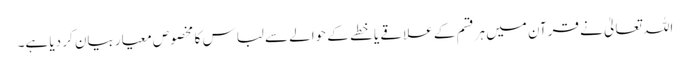
اللہ تعالیٰ نے قرآن میں ہرقسم کے علاقے یا خطے کے حوالے سے لباس کا مخصوص معیار بیان کر دیا ہے۔